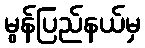
မွန်ပြည်နယ်မှ